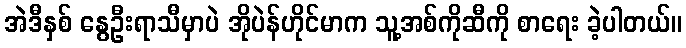
အဲဒီနှစ် နွေဦးရာသီမှာပဲ အိုပဲန်ဟိုင်မာက သူ့အစ်ကိုဆီကို စာရေး ခဲ့ပါတယ်။